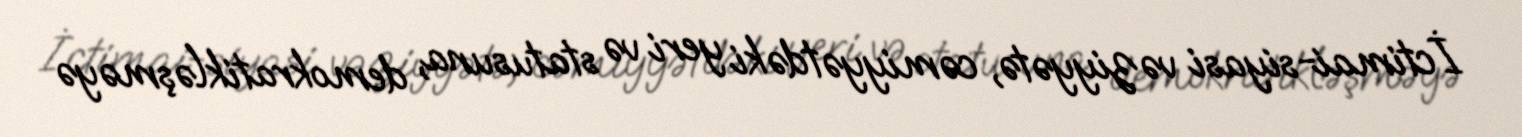
İctimai-siyasi vəziyyətə, cəmiyyətdəki yeri və statusuna, demokratikləşməyə